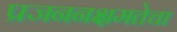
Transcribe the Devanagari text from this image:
प्रजननक्षमतेचा